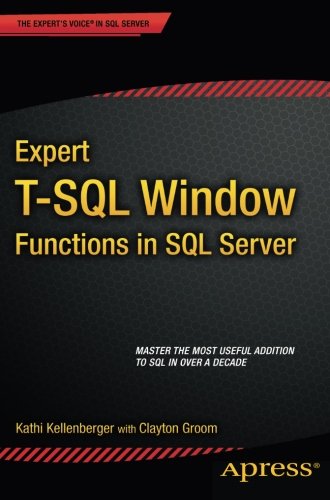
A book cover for Expert T-SQL Window Functions in SQL Server; Kathi Kellenberger; Computers & Technology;